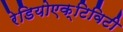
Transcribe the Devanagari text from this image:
रेडियोएक्टिविटी